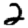
Digit: 2